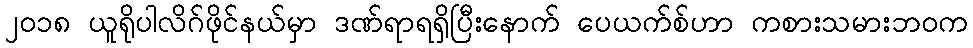
၂၀၁၈ ယူရိုပါလိဂ်ဖိုင်နယ်မှာ ဒဏ်ရာရရှိပြီးနောက် ပေယက်စ်ဟာ ကစားသမားဘဝက